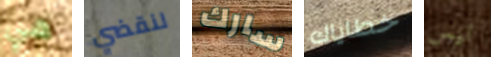
هي لنقضي سارك خطاياك ليس